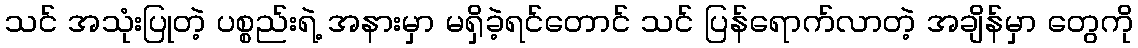
သင် အသုံးပြုတဲ့ ပစ္စည်းရဲ့ အနားမှာ မရှိခဲ့ရင်တောင် သင် ပြန်ရောက်လာတဲ့ အချိန်မှာ တွေကို